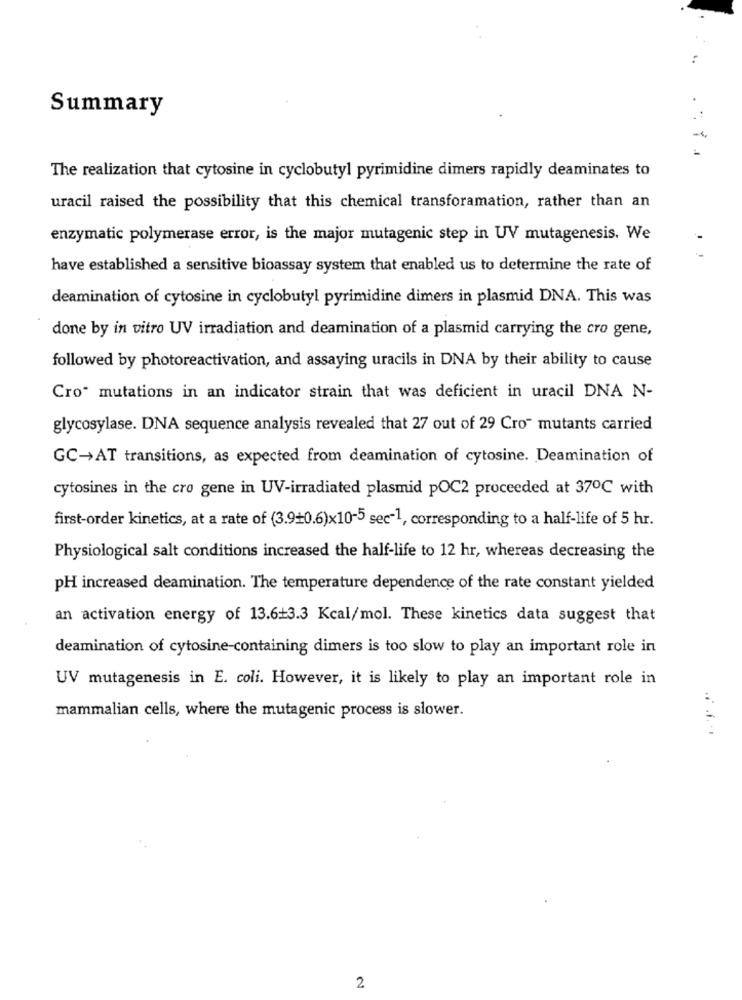
Summary
The realization that cytosine in cyclobutyl pyrimidine dimers rapidly deaminates to
uracil raised the possibility that this chemical transforamation, rather than an
enzymatic polymerase error, is the major mutagenic step in UV mutagenesis. We
have established a sensitive bioassay system that enabled us to determine the rate of
deamination of cytosine in cyclobutyl pyrimidine dimers in plasmid DNA. This was
done by in vitro UV irradiation and deamination of a plasmid carrying the cro gene,
followed by photoreactivation, and assaying uracils in DNA by their ability to cause
Cro" mutations in an indicator strain that was deficient in uracil DNA N-
glycosylase. DNA sequence analysis revealed that 27 out of 29 Cro- mutants carried
GC-AT transitions, as expected from deamination of cytosine. Deamination of
cytosines in the cro gene in UV-irradiated plasmid pOC2 proceeded at 37℃ with
first-order kinetics, at a rate of (3.9+0.6)×10-5 sec-1, corresponding to a half-life of 5 hr.
Physiological salt conditions increased the half-life to 12 hr, whereas decreasing the
PH increased deamination. The temperature dependence of the rate constant yielded
an activation energy of 13.6+3.3 Kcal/mol. These kinetics data suggest that
deamination of cytosine-containing dimers is too slow to play an important role in
UV mutagenesis in E. coli. However, it is likely to play an important role in
mammalian cells, where the mutagenic process is slower.
2